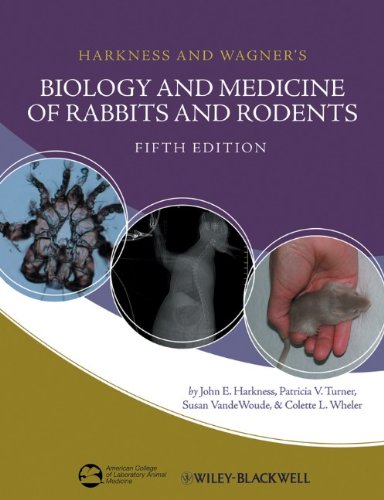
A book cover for Harkness and Wagner's Biology and Medicine of Rabbits and Rodents; John E. Harkness; Crafts, Hobbies & Home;